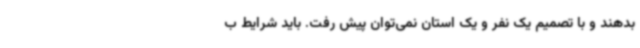
بدهند و با تصمیم یک نفر و یک استان نمی‌توان پیش رفت. باید شرایط ب